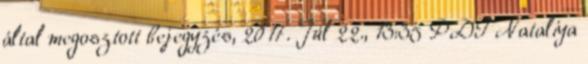
által megosztott bejegyzés, 2017. Júl 22., 13:35 PDT Nataliya